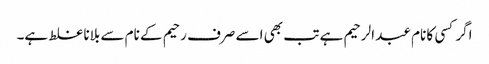
اگر کسی کا نام عبد الرحیم ہے تب بھی اسے صرف رحیم کے نام سے بلانا غلط ہے۔